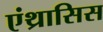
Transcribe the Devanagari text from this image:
एंथ्रासिस